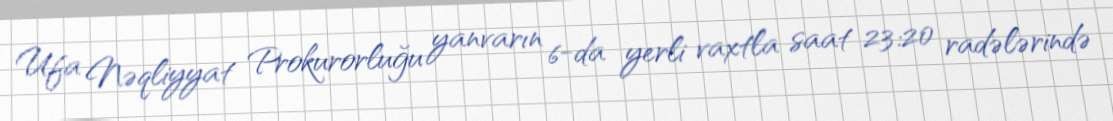
Ufa Nəqliyyat Prokurorluğu yanvarın 6-da yerli vaxtla saat 23:20 radələrində